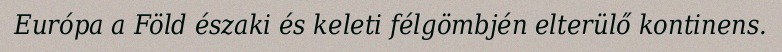
Európa a Föld északi és keleti félgömbjén elterülő kontinens.